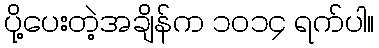
ပို့ပေးတဲ့အချိန်က ၁၀၁၄ ရက်ပါ။